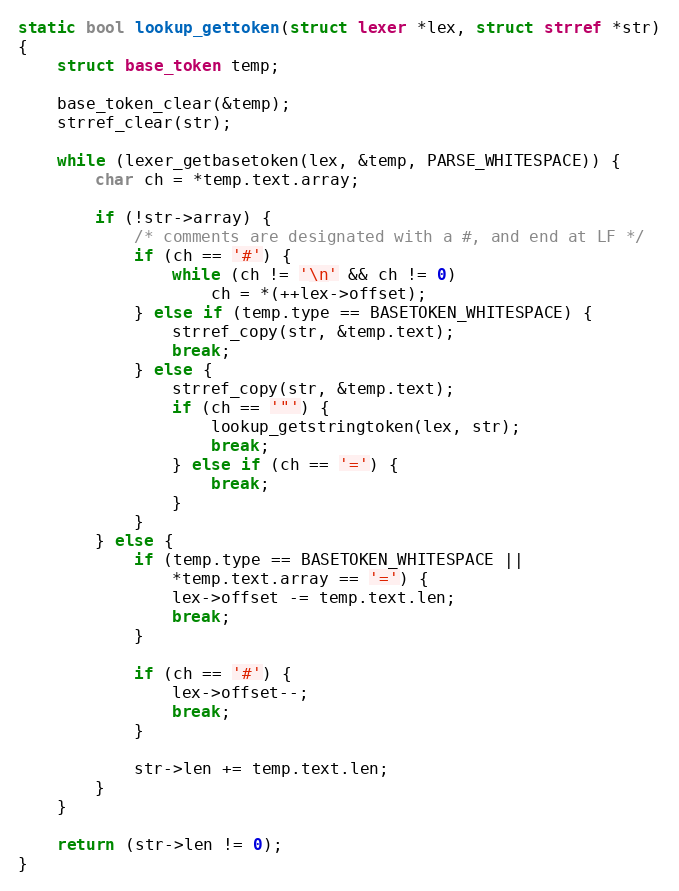
Language: C
static bool lookup_gettoken(struct lexer *lex, struct strref *str)
{
	struct base_token temp;

	base_token_clear(&temp);
	strref_clear(str);

	while (lexer_getbasetoken(lex, &temp, PARSE_WHITESPACE)) {
		char ch = *temp.text.array;

		if (!str->array) {
			/* comments are designated with a #, and end at LF */
			if (ch == '#') {
				while (ch != '\n' && ch != 0)
					ch = *(++lex->offset);
			} else if (temp.type == BASETOKEN_WHITESPACE) {
				strref_copy(str, &temp.text);
				break;
			} else {
				strref_copy(str, &temp.text);
				if (ch == '"') {
					lookup_getstringtoken(lex, str);
					break;
				} else if (ch == '=') {
					break;
				}
			}
		} else {
			if (temp.type == BASETOKEN_WHITESPACE ||
			    *temp.text.array == '=') {
				lex->offset -= temp.text.len;
				break;
			}

			if (ch == '#') {
				lex->offset--;
				break;
			}

			str->len += temp.text.len;
		}
	}

	return (str->len != 0);
}